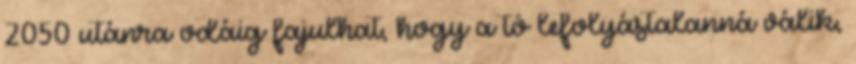
2050 utánra odáig fajulhat, hogy a tó lefolyástalanná válik,